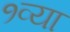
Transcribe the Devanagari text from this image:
१व्या